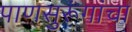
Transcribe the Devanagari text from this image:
पाणसुरूंगांचा